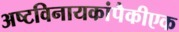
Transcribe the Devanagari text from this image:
अष्टविनायकांपैकीएक